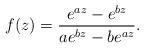
LaTeX: \begin{align*} f(z) = {e^{a z} - e^{b z} \over a e^{b z} - b e^{a z}}. \end{align*}